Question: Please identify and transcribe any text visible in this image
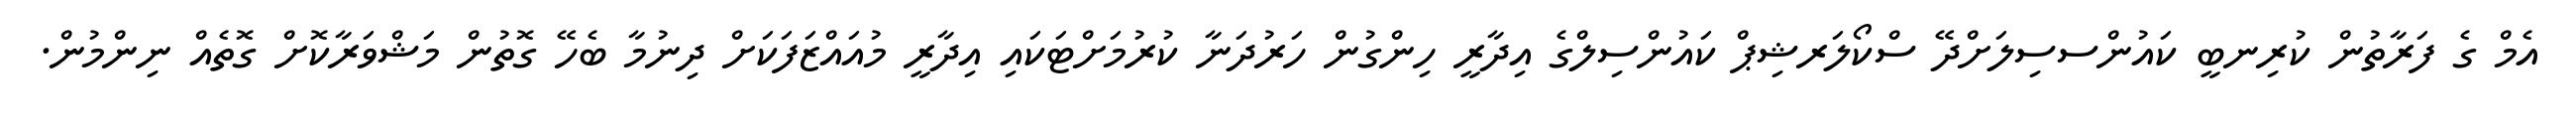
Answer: އެމް ގެ ފަރާތުން ކުރިނބީ ކައުންސސިލަށްދޭ ސްކޯލަރޝިޕް ކައުންސިލްގެ އިދާރީ ހިންގުން ހަރުދަނާ ކުރުމަށްޓަކައި އިދާރީ މުއައްޒަފަކަށް ދިނުމާ ބެހޭ ގޮތުން މަޝްވަރާކޮށް ގޮތެއް ނިންމުން.